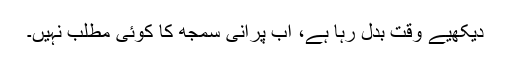
دیکھیے وقت بدل رہا ہے، اب پرانی سمجھ کا کوئی مطلب نہیں۔